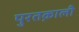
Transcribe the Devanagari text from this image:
पुरतक़ाली